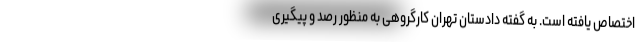
اختصاص یافته است. به گفته دادستان تهران کارگروهی به منظور رصد و پیگیری